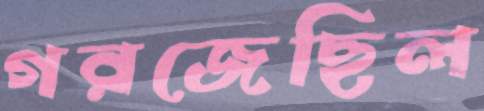
গরজেছিল